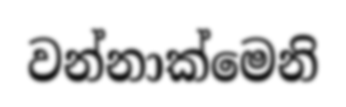
වන්නාක්මෙනි